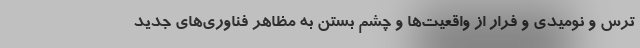
ترس و نومیدی و فرار از واقعیت‌ها و چشم بستن به مظاهر فناوری‌های جدید